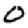
Digit: 0